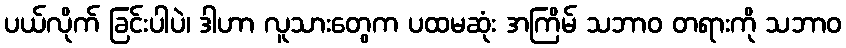
ပယ်လိုက် ခြင်းပါပဲ၊ ဒါဟာ လူသားတွေက ပထမဆုံး အကြိမ် သဘာဝ တရားကို သဘာဝ